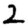
Digit: 2